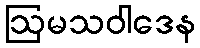
ဩမသဝါဒေန